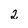
Character: 2